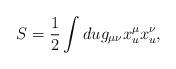
LaTeX: \begin{align*}S= \frac{1}{2}\int du g_{\mu\nu}x^\mu_u x^\nu_u, \quad\end{align*}